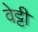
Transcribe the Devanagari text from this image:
वेट्टी